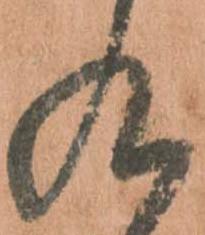
九